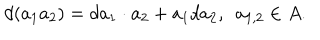
LaTeX: d ( a _ { 1 } a _ { 2 } ) = d a _ { 1 } \cdot a _ { 2 } + a _ { 1 } d a _ { 2 } , ~ ~ a _ { 1 , 2 } \in A .